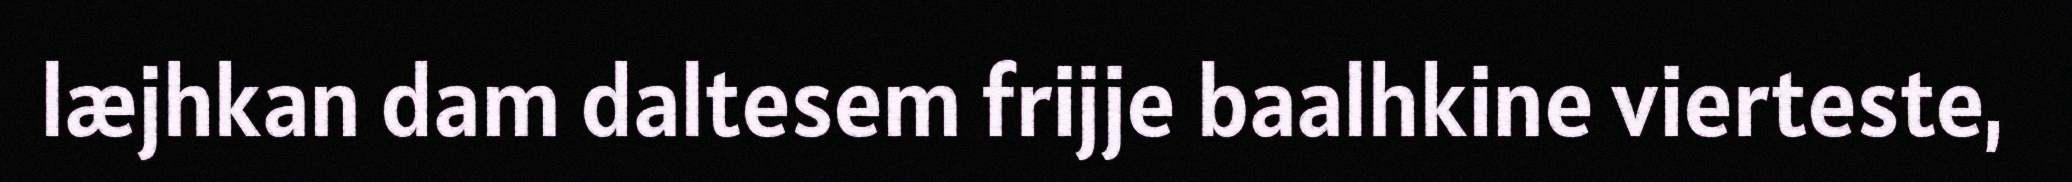
læjhkan dam daltesem frijje baalhkine vierteste,